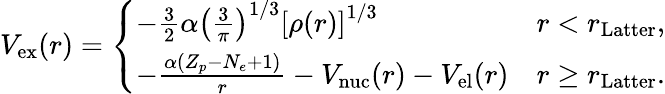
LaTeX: \begin{array}{r}{V_{\mathrm{ex}}(r)=\left\{ \begin{array}{ll}{-\frac{3}{2}\alpha\left(\frac{3}{\pi}\right)^{1/3}\left[\rho(r)\right]^{1/3}}&{r<r_{\mathrm{Latter}},}\\ {-\frac{\alpha(Z_{p}-N_{e}+1)}{r}-V_{\mathrm{nuc}}(r)-V_{\mathrm{el}}(r)}&{r\geq r_{\mathrm{Latter}}.}\end{array}\right.}\end{array}